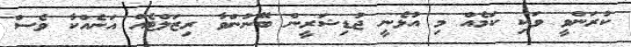
ކުރަންވީ ވަކި ކަމެއް މި އުޅެނީ ޖުޑިޝަރީން ބޭނުންވާ ރިޒަލްޓެއް އަނެއްކާ ވެސް